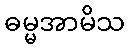
ဓမ္မအာမိသ